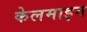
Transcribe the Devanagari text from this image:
केलमाइन